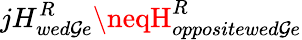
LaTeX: jH_{wed\mathcal{G}e}^{R}\neqH_{oppositewed\mathcal{G}e}^{R}